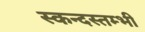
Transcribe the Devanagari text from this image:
स्कन्दस्तम्भी